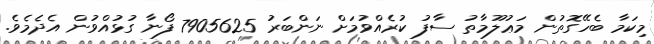
މިކަމާ ބެހޭގޮތުން މަޢުލޫމާތު ސާފު ކުރެއްވުމަށް ނަންބަރު 7905625 ފޯނާ ގުޅުއްވުން އެދެމެވެ.